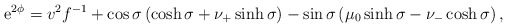
\begin{align*}{\rm e}^{2\phi}=v^2f^{-1}+\cos\sigma \left(\cosh \sigma + \nu_+\sinh\sigma \right)-\sin\sigma \left(\mu_0\sinh \sigma - \nu_-\cosh\sigma \right),\end{align*}